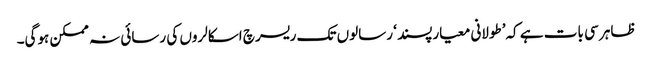
ظاہر سی بات ہے کہ’طولانی معیارپسند ‘ رسالوں تک ریسرچ اسکالروں کی رسائی نہ ممکن ہوگی۔